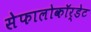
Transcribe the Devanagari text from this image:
सेफालोकॉर्डेट